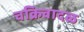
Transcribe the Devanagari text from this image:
चक्रिवादळ